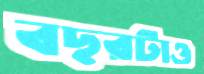
বছরটাও